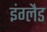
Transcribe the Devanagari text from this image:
इंग्‍लैड